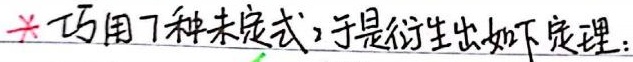
$\ast$ 巧用7种未定式，于是衍生出如下定理：